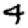
Digit: 4